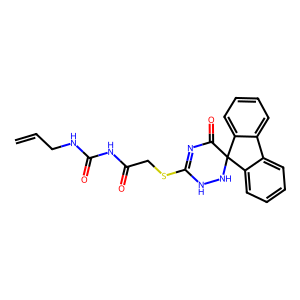
SMILES: C=CCNC(=O)NC(=O)CSC1=NC(=O)C2(NN1)c1ccccc1-c1ccccc12
Inhibits HIV replication: No